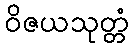
ဝိဇယသုတ္တံ